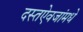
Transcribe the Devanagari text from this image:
दस्तऐवजांमधे